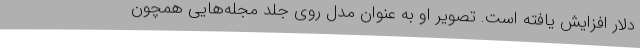
دلار افزایش یافته است. تصویر او به عنوان مدل روی جلد مجله‌هایی همچون